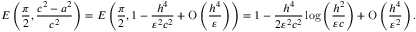
E \left( \frac { \pi } { 2 } , \frac { c ^ { 2 } - a ^ { 2 } } { c ^ { 2 } } \right) = E \left( \frac { \pi } { 2 } , 1 - \frac { h ^ { 4 } } { \varepsilon ^ { 2 } c ^ { 2 } } + \ensuremath { \operatorname { O } \left( \frac { h ^ { 4 } } { \varepsilon } \right) } \right) = 1 - \frac { h ^ { 4 } } { 2 \varepsilon ^ { 2 } c ^ { 2 } } \log { \left( \frac { h ^ { 2 } } { \varepsilon c } \right) } + \ensuremath { \operatorname { O } \left( \frac { h ^ { 4 } } { \varepsilon ^ { 2 } } \right) } .